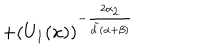
LaTeX: + ( U _ { 1 } ( x ) ) ^ { - \frac { 2 \alpha _ { 2 } } { { \tilde { d } } ( \alpha + \beta ) } }